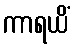
ကာရယိံ